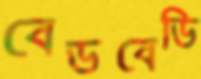
বেডবেডি